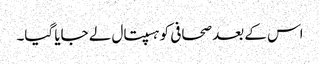
اس کے بعد صحافی کو ہسپتال لے جایا گیا۔